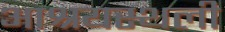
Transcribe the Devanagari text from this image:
आश्रयस्थली